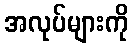
အလုပ်များကို